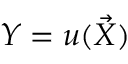
Y = u ( { \vec { X } } )